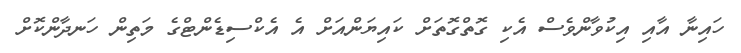
ހައިނާ އާއި އިކުވާންވެސް އެކި ގޮތްގޮތަށް ކައިޔަންއަށް އެ އެކްސިޑެންޓްގެ މަތިން ހަނދާންކޮށް